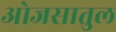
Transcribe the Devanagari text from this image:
ओजसातुल